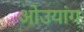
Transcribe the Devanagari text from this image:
ओउयांग